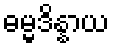
ဓမ္မဒိန္နာယ